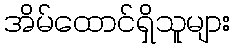
အိမ်ထောင်ရှိသူများ